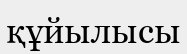
құйылысы